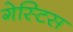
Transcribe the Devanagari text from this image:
गेस्टिस